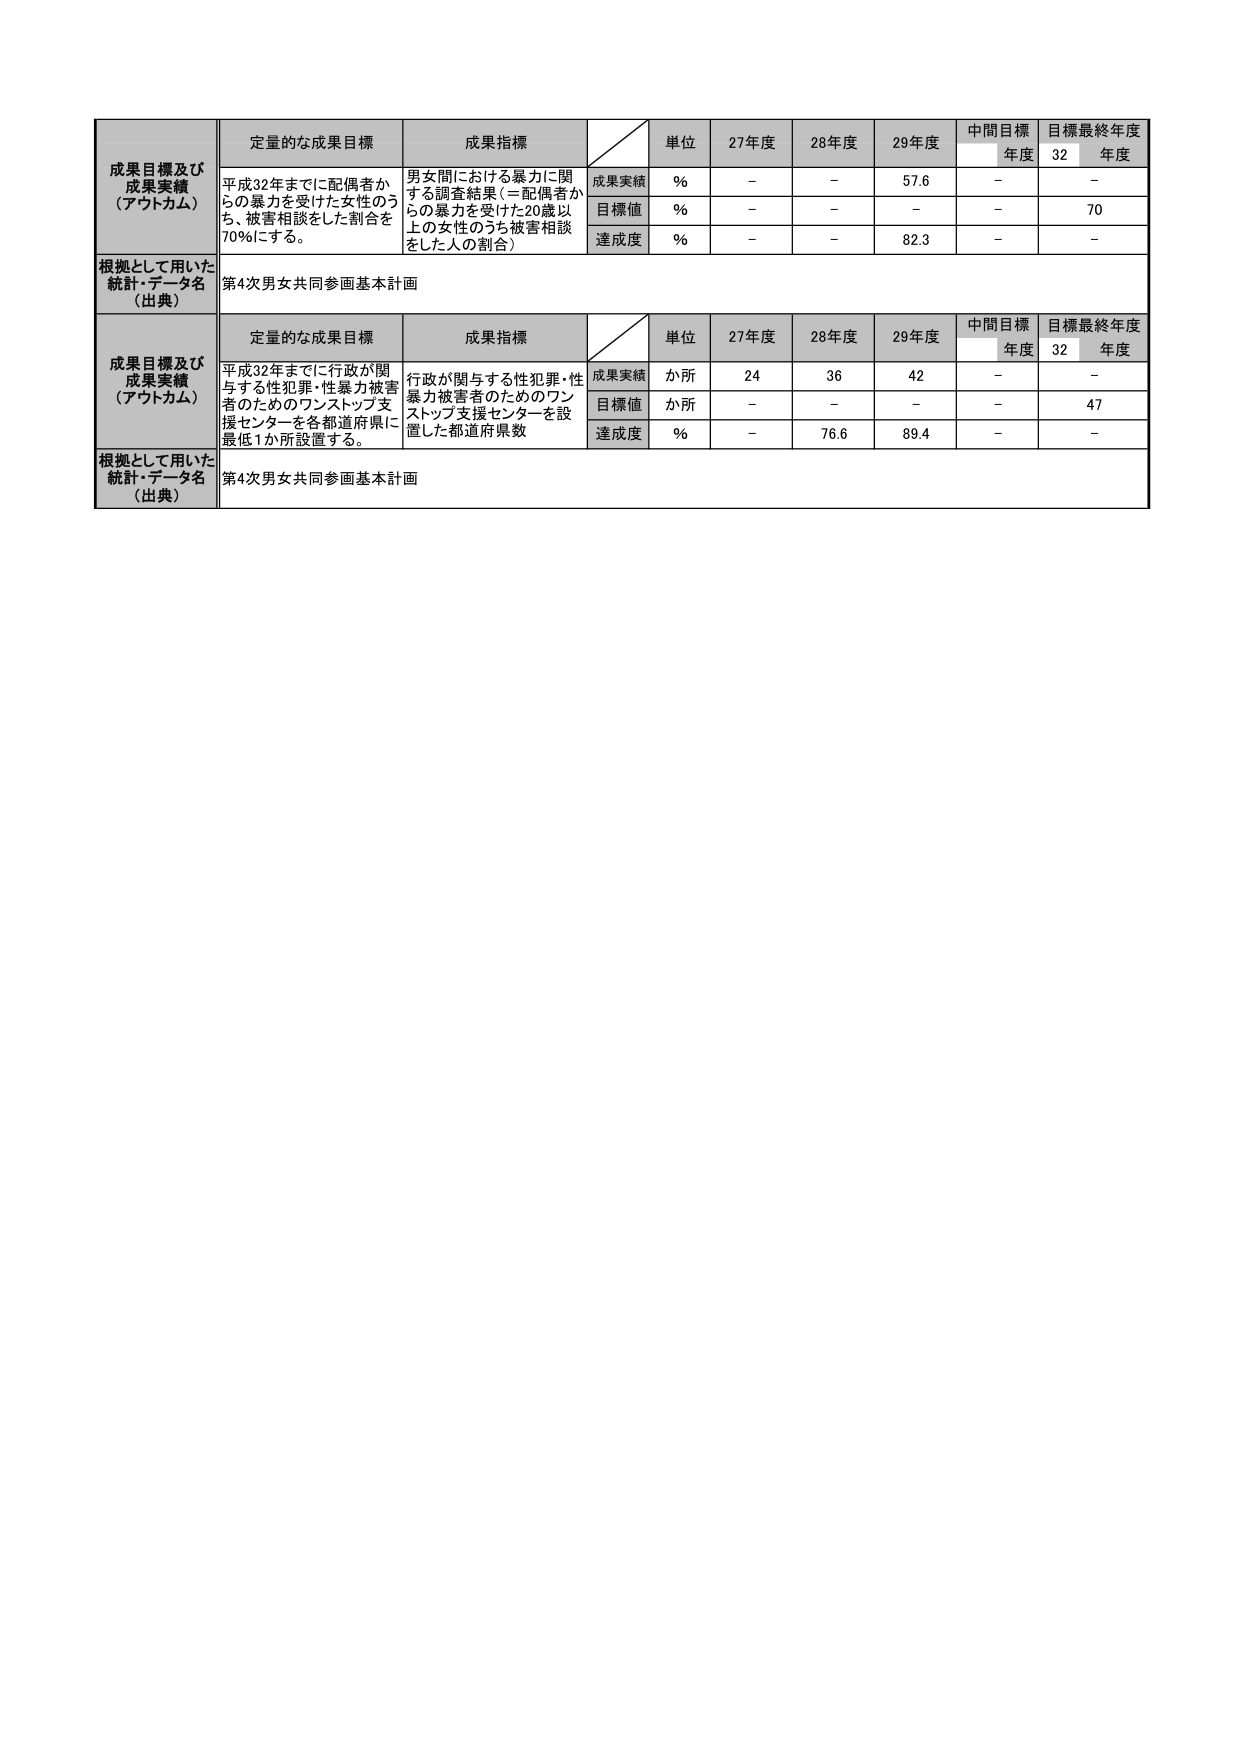
成果目標及び
成果実績
（アウトカム）
定量的な成果目標
成果指標
単位
27年度
28年度
29年度
中間目標
年度
目標最終年度
32
年度
平成32年までに配偶者か
らの暴力を受けた女性のう
ち、被害相談をした割合を
70%にする。
男女間における暴力に関
する調査結果（＝配偶者か
らの暴力を受けた20歳以
上の女性のうち被害相談
をした人の割合）
成果実績
%
－
－
57.6
－
－
目標値
%
－
－
－
－
70
達成度
%
－
－
82.3
－
－
根拠として用いた
統計・データ名
（出典）
第4次男女共同参画基本計画

成果目標及び
成果実績
（アウトカム）
定量的な成果目標
成果指標
単位
27年度
28年度
29年度
中間目標
年度
目標最終年度
32
年度
平成32年までに行政が関
与する性犯罪・性暴力被害
者のためのワンストップ支
援センターを各都道府県に
最低1か所設置する。
行政が関与する性犯罪・性
暴力被害者のためのワン
ストップ支援センターを設
置した都道府県数
成果実績
か所
24
36
42
－
－
目標値
か所
－
－
－
－
47
達成度
%
－
76.6
89.4
－
－
根拠として用いた
統計・データ名
（出典）
第4次男女共同参画基本計画